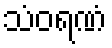
သံဝရဏံ